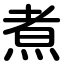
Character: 煮